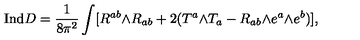
{ \mathrm { I n d } } D = \frac { 1 } { 8 \pi ^ { 2 } } \int [ R ^ { a b } \mathrm { \tiny \wedge } R _ { a b } + 2 ( T ^ { a } \mathrm { \tiny \wedge } T _ { a } - R _ { a b } \mathrm { \tiny \wedge } e ^ { a } \mathrm { \tiny \wedge } e ^ { b } ) ] ,